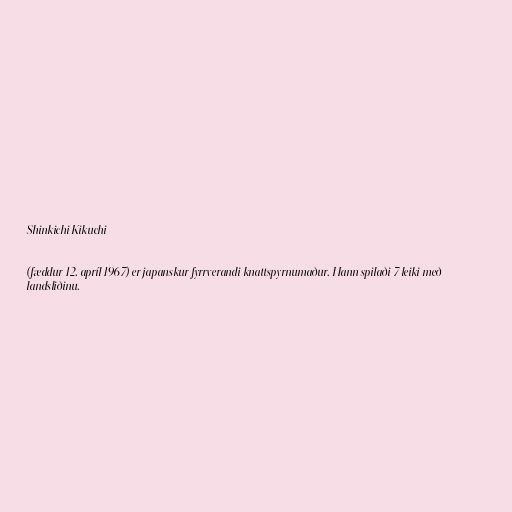
Shinkichi Kikuchi

(fæddur 12. apríl 1967) er japanskur fyrrverandi knattspyrnumaður. Hann spilaði 7 leiki með
landsliðinu.